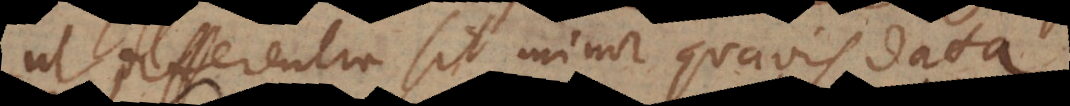
differentia sit minor quavis data.